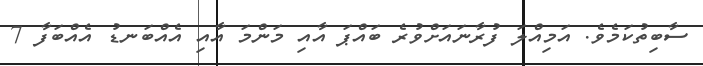
ސާބިތުކަމެވެ. އަމިއްލަ ފުރާނައަށްވުރެ ބައްޕަ އާއި މަންމަ އާއި އެއްބަނޑު އެއްބަފާ 7